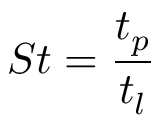
S t = \frac { t _ { p } } { t _ { l } }